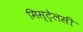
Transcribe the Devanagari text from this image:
मिस्ट्रेलसी